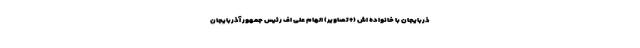
ذربایجان با خانواده اش (+تصاویر) الهام علی اف رئیس جمهور آذربایجان